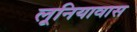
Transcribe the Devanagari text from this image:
लूनियावास